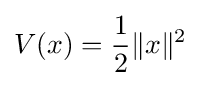
V(x)={\frac {1}{2}}\|x\|^{2}